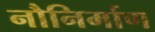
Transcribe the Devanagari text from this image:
नौनिर्माण